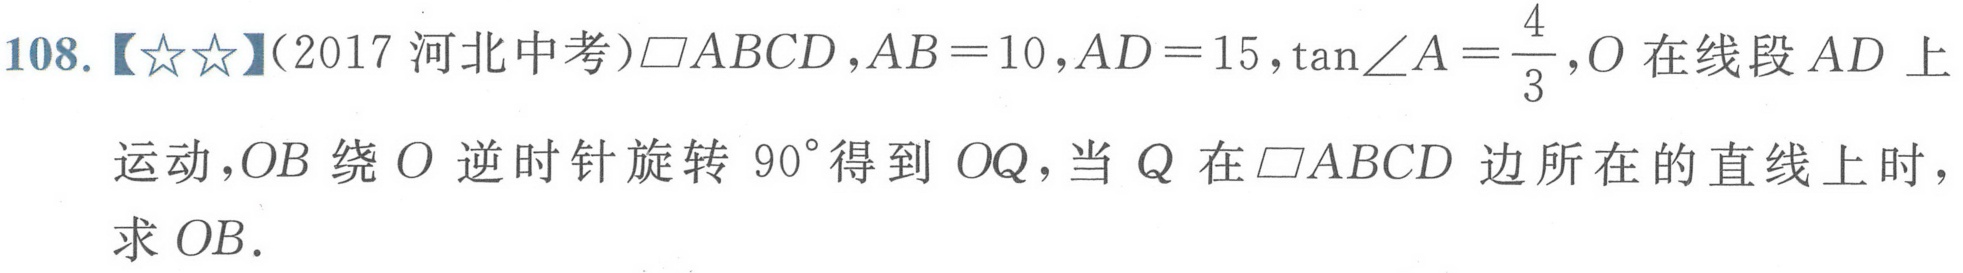
108.【★★】(2017 河北中考)$\square ABCD,AB = 10,AD = 15,\tan\angle A=\frac{4}{3},O$在线段$AD$上
运动，$OB$绕$O$逆时针旋转$90^{\circ}$得到$OQ$，当$Q$在$\square ABCD$边所在的直线上时，
求$OB.$